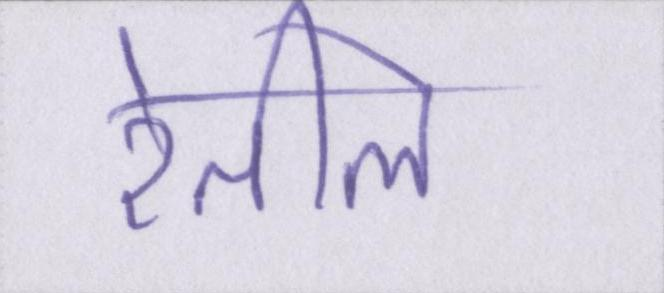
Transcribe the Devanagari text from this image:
रेतीले